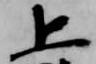
上